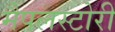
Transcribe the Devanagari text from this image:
मैपलस्टोरी